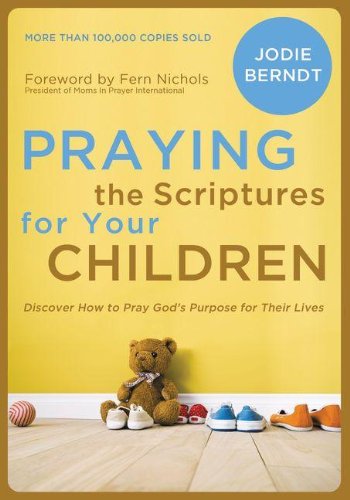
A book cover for Praying the Scriptures for Your Children: Discover How to Pray God's Purpose for Their Lives; Jodie Berndt; Christian Books & Bibles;